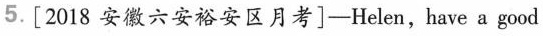
5.[2018安徽六安裕安区月考]—Helen, have a good